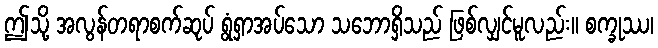
ဤသို့ အလွန်တရာစက်ဆုပ် ရွံရှာအပ်သော သဘောရှိသည် ဖြစ်လျှင်မူလည်း။ စက္ခုဿ၊